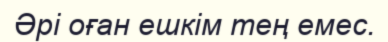
Әрі оған ешкім тең емес.